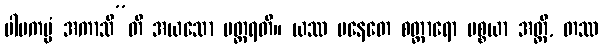
ပါပကမ္မံ အကာသီ”တိ အယသော ပတ္ထရတိ။ ယဿ ပနေတေ စတ္တာရော ပစ္စယာ အတ္ထိ, တဿ